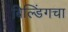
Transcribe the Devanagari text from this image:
बिल्डिंगचा